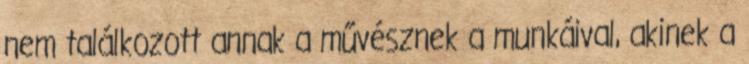
nem találkozott annak a művésznek a munkáival, akinek a